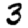
Digit: 3